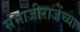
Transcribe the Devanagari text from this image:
संभाजीराजेंच्या